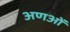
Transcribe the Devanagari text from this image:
अणओं